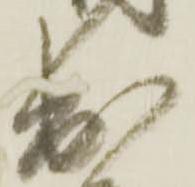
出